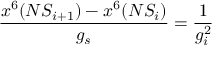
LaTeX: \frac { x ^ { 6 } ( N S _ { i + 1 } ) - x ^ { 6 } ( N S _ { i } ) } { g _ { s } } = \frac { 1 } { g _ { i } ^ { 2 } }